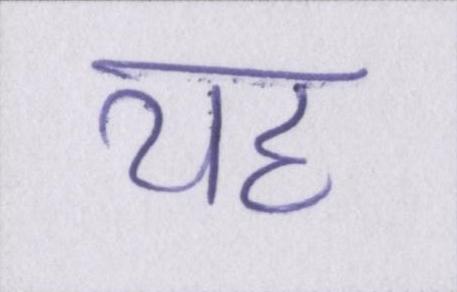
यह